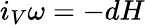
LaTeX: i_{V}\omega=-dH